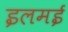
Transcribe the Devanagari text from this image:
इलमई